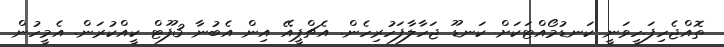
ތޮއްޖެހިފަ.ހީވަނީ ކަނޑުމޯއްޓަކަށް ކަނޑޫ ޖަހާލާފަހުރިހެން. އެޗްޕީއޭ އިން އެބުނާ 3ފޫޓް ކީއްކުރަން. އެމީހުން